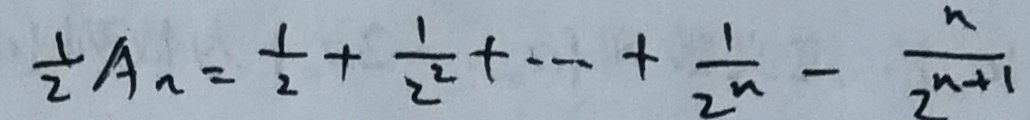
\frac { 1 } { 2 } A _ { n } = \frac { 1 } { 2 } + \frac { 1 } { 2 ^ { 2 } } + \cdots + \frac { 1 } { 2 ^ { n } } - \frac { n } { 2 ^ { n + 1 } }